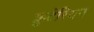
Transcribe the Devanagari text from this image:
फ्रुटेरियन